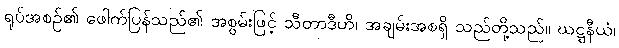
ရုပ်အစဉ်၏ ဖေါက်ပြန်သည်၏ အစွမ်းဖြင့် သီတာဒီဟိ၊ အချမ်းအစရှိ သည်တို့သည်။ ဃဋ္ဋနီယံ၊